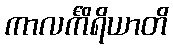
ကာလင်္ကိရိယာတိ